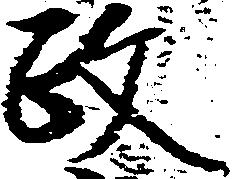
政